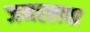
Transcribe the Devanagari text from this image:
जनरलचा